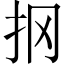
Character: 㧏